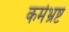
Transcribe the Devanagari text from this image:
कर्मभ्रष्ट